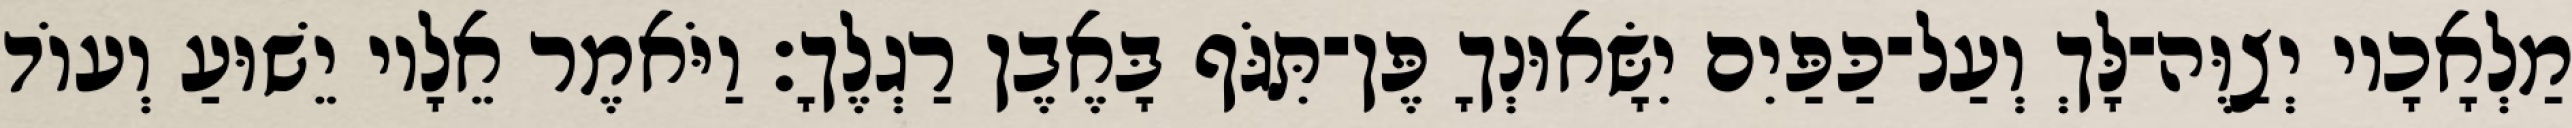
מַלְאָכָיו יְצַוֶּה־לָּךְ וְעַל־כַּפַּיִם יִשָּׂאוּנְךָ פֶּן־תִּגֹּף בָּאֶבֶן רַגְלֶךָ׃ וַיֹּאמֶר אֵלָיו יֵשׁוּעַ וְעוֹד